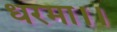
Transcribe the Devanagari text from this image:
धरमा।।